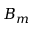
B _ { m }